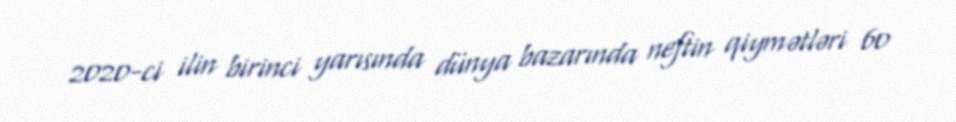
2020-ci ilin birinci yarısında dünya bazarında neftin qiymətləri 60